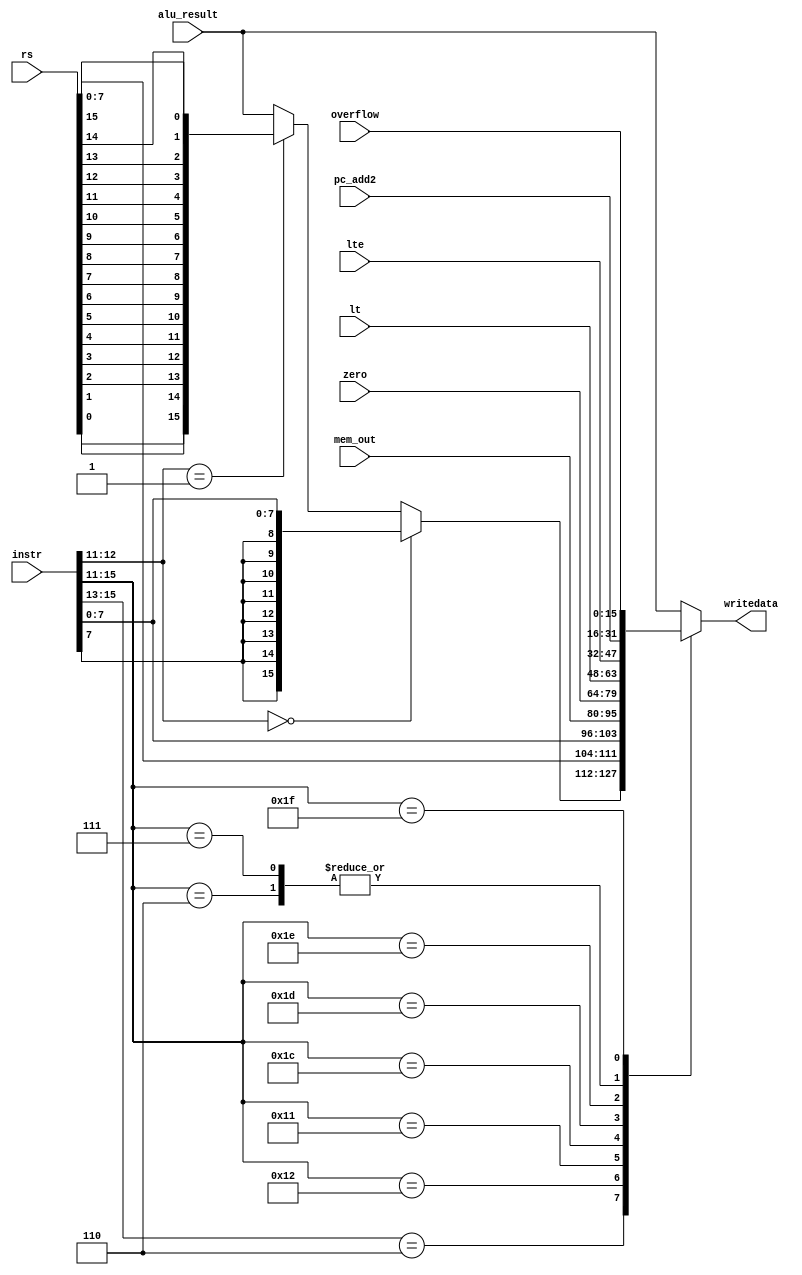
module wrt_ctrl(instr,alu_result,mem_out,rs,zero,lt,lte,pc_add2,overflow,writedata);

input [15:0]instr;
input [15:0]alu_result;
input [15:0]mem_out;
input [15:0]rs;
input [15:0]zero;//sign ext
input [15:0]lt;
input [15:0]lte;
input [15:0]pc_add2;
input [15:0]overflow;//sign ext
output reg[15:0]writedata;

wire [15:0] rev_rs;

always@* begin 
	casex(instr[15:11])

	5'b010xx: begin // I-format 1 arith ->rd
	writedata=alu_result;
	end 

	5'b101xx:begin // I-format 1 rot shift ->rd  
	writedata=alu_result;
	end 

	5'b10011:begin // STU ->rs
	writedata=alu_result;
	end 


	5'b110xx: begin 
	writedata=(instr[12:11]==00)?{{8{instr[7]}},instr[7:0]}:(instr[12:11]== 2'b01)? rev_rs : alu_result;//true: LBI -> rs, false:alu
	end 

	5'b10010: begin //SLBI
		writedata = {rs[7:0], instr[7:0]};
	end


	5'b10001:begin //LD
	writedata=mem_out;
	end 

	5'b11100:begin 
	writedata=zero;//SEQ
	end 

	5'b11101:begin 
	writedata=lt;//SLT
	end 


	5'b11110:begin
	writedata=lte;//LTE
	end 

	5'b00110:begin 
	writedata=pc_add2;//JAL
	end 

	5'b00111:begin 
	writedata=pc_add2;//JALR
	end 
	
	5'b11111:begin
	writedata=overflow;//SCO
	end
	

	default:
	writedata=alu_result;

	endcase 

end 

assign rev_rs[15] = rs[0];
assign rev_rs[14] = rs[1];
assign rev_rs[13] = rs[2];
assign rev_rs[12] = rs[3];
assign rev_rs[11] = rs[4];
assign rev_rs[10] = rs[5];
assign rev_rs[9] = rs[6];
assign rev_rs[8] = rs[7];
assign rev_rs[7] = rs[8];
assign rev_rs[6] = rs[9];
assign rev_rs[5] = rs[10];
assign rev_rs[4] = rs[11];
assign rev_rs[3] = rs[12];
assign rev_rs[2] = rs[13];
assign rev_rs[1] = rs[14];
assign rev_rs[0] = rs[15];

endmodule